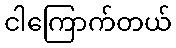
ငါကြောက်တယ်